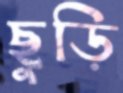
ছুড়ি